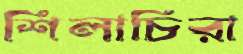
শিলাচিরা